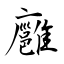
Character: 廱